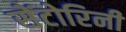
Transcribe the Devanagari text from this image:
सेंटोरिनी